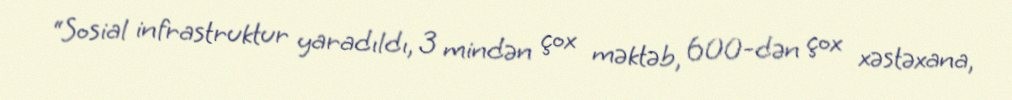
“Sosial infrastruktur yaradıldı, 3 mindən çox məktəb, 600-dən çox xəstəxana,